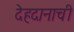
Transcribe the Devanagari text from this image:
देहदानाची